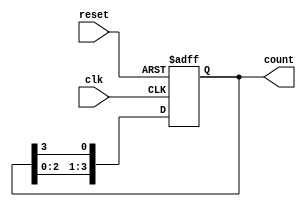
module multi_stage_ring_counter #(
    parameter N = 4  // Number of stages (flip-flops)
)(
    input wire clk,       // Clock signal
    input wire reset,     // Asynchronous reset signal
    output reg [N-1:0] count // Output representing the current state of the counter
);

// Initial state of the counter
initial begin
    count = 1'b1; // Start with the first flip-flop set to '1'
end

// Always block triggered on the rising edge of the clock or reset
always @(posedge clk or posedge reset) begin
    if (reset) begin
        count <= 1'b1; // Reset to initial state
    end else begin
        // Shift the '1' to the right, wrapping around
        count <= {count[N-2:0], count[N-1]}; // Shift right
    end
end

endmodule